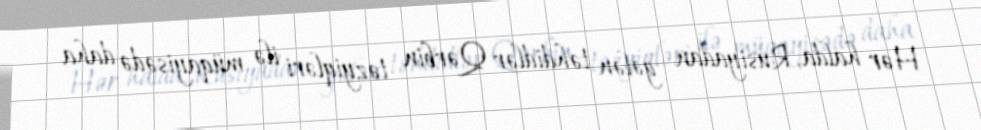
Hər halda, Rusiyadan gələn təhdidlər Qərbin təzyiqləri ilə müqayisədə daha